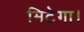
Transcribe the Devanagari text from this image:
मिटेगा।